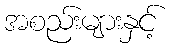
အစည်းများနှင့်